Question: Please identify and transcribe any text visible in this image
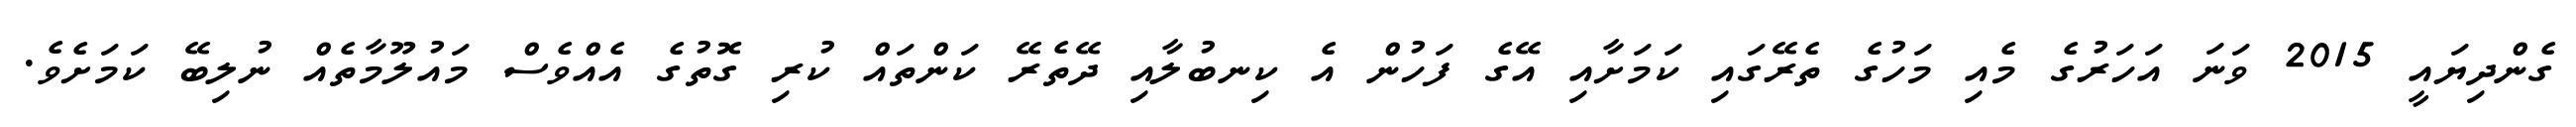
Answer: ގެންދިޔައީ 2015 ވަނަ އަހަރުގެ މެއި މަހުގެ ތެރޭގައި ކަމަށާއި އޭގެ ފަހުން އެ ކިނބުލާއި ދޭތެރޭ ކަންތައް ކުރި ގޮތުގެ އެއްވެސް މައުލޫމާތެއް ނުލިބޭ ކަމަށެވެ.